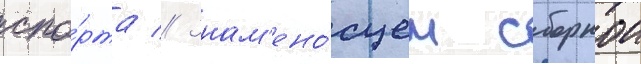
спо́рта // Знам'ено́сцем сборнои